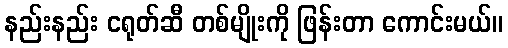
နည်းနည်း ငရုတ်ဆီ တစ်မျိုးကို ဖြန်းတာ ကောင်းမယ်။